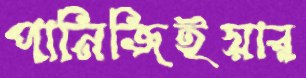
পানিজিইয়ার